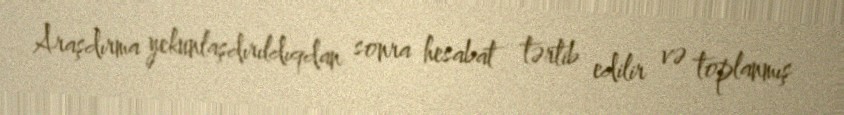
Araşdırma yekunlaşdırıldıqdan sonra hesabat tərtib edilir və toplanmış